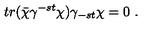
t r ( \bar { \chi } \gamma ^ { - s t } \chi ) \gamma _ { - s t } \chi = 0 \ .